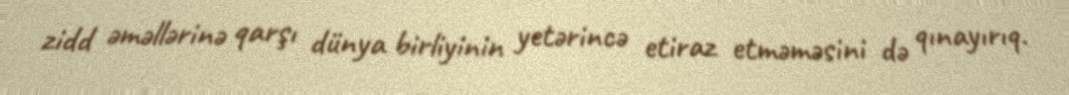
zidd əməllərinə qarşı dünya birliyinin yetərincə etiraz etməməsini də qınayırıq.